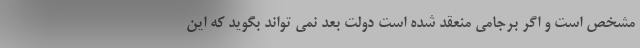
مشخص است و اگر برجامی منعقد شده است دولت بعد نمی تواند بگوید که این